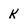
Character: K